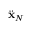
\ddot { \bf x } _ { N }